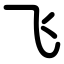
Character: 飞